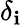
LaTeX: \delta_{\mathbf{i}}